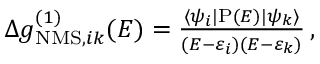
\begin{array} { r } { \Delta g _ { \mathrm { N M S } , i k } ^ { ( 1 ) } ( E ) = \frac { \langle \psi _ { i } | \mathrm { P } ( E ) | \psi _ { k } \rangle } { ( E - \varepsilon _ { i } ) ( E - \varepsilon _ { k } ) } \, , } \end{array}